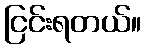
ငြင်းရတယ်။